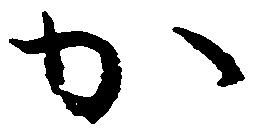
か